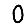
Digit: 0